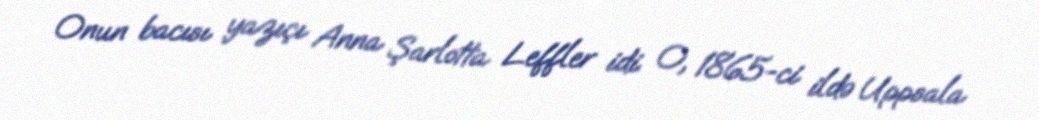
Onun bacısı yazıçı Anna Şarlotta Leffler idi. O, 1865-ci ildə Uppsala